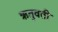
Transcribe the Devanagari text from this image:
ऋतुवती